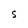
Character: S